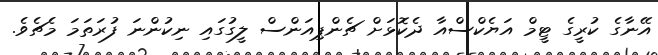
އޭނާގެ ކުރީގެ ޓީމް އަޔެކްސްއާ ދެކޮޅަށް ޗެންޕިއަންސް ލީގުގައި ނިކުންނަ ފުރަތަމަ މެޗެވެ.